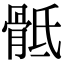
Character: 骶